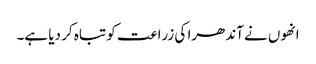
انھوں نے آندھرا کی زراعت کو تباہ کر دیا ہے۔